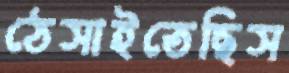
ঠেসাইতেছিস